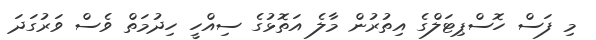
މި ފަސް ހޮސްޕިޓަލްގެ އިތުރުން މާލެ އަތޮޅުގެ ސިއްހީ ހިދުމަތް ވެސް ވަރުގަދަ